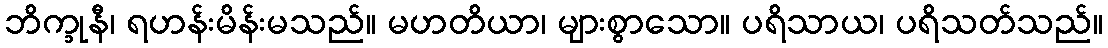
ဘိက္ခုနီ၊ ရဟန်းမိန်းမသည်။ မဟတိယာ၊ များစွာသော။ ပရိသာယ၊ ပရိသတ်သည်။